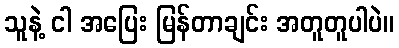
သူနဲ့ ငါ အပြေး မြန်တာချင်း အတူတူပါပဲ။